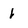
Character: h